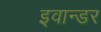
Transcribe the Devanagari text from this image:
इवान्डर